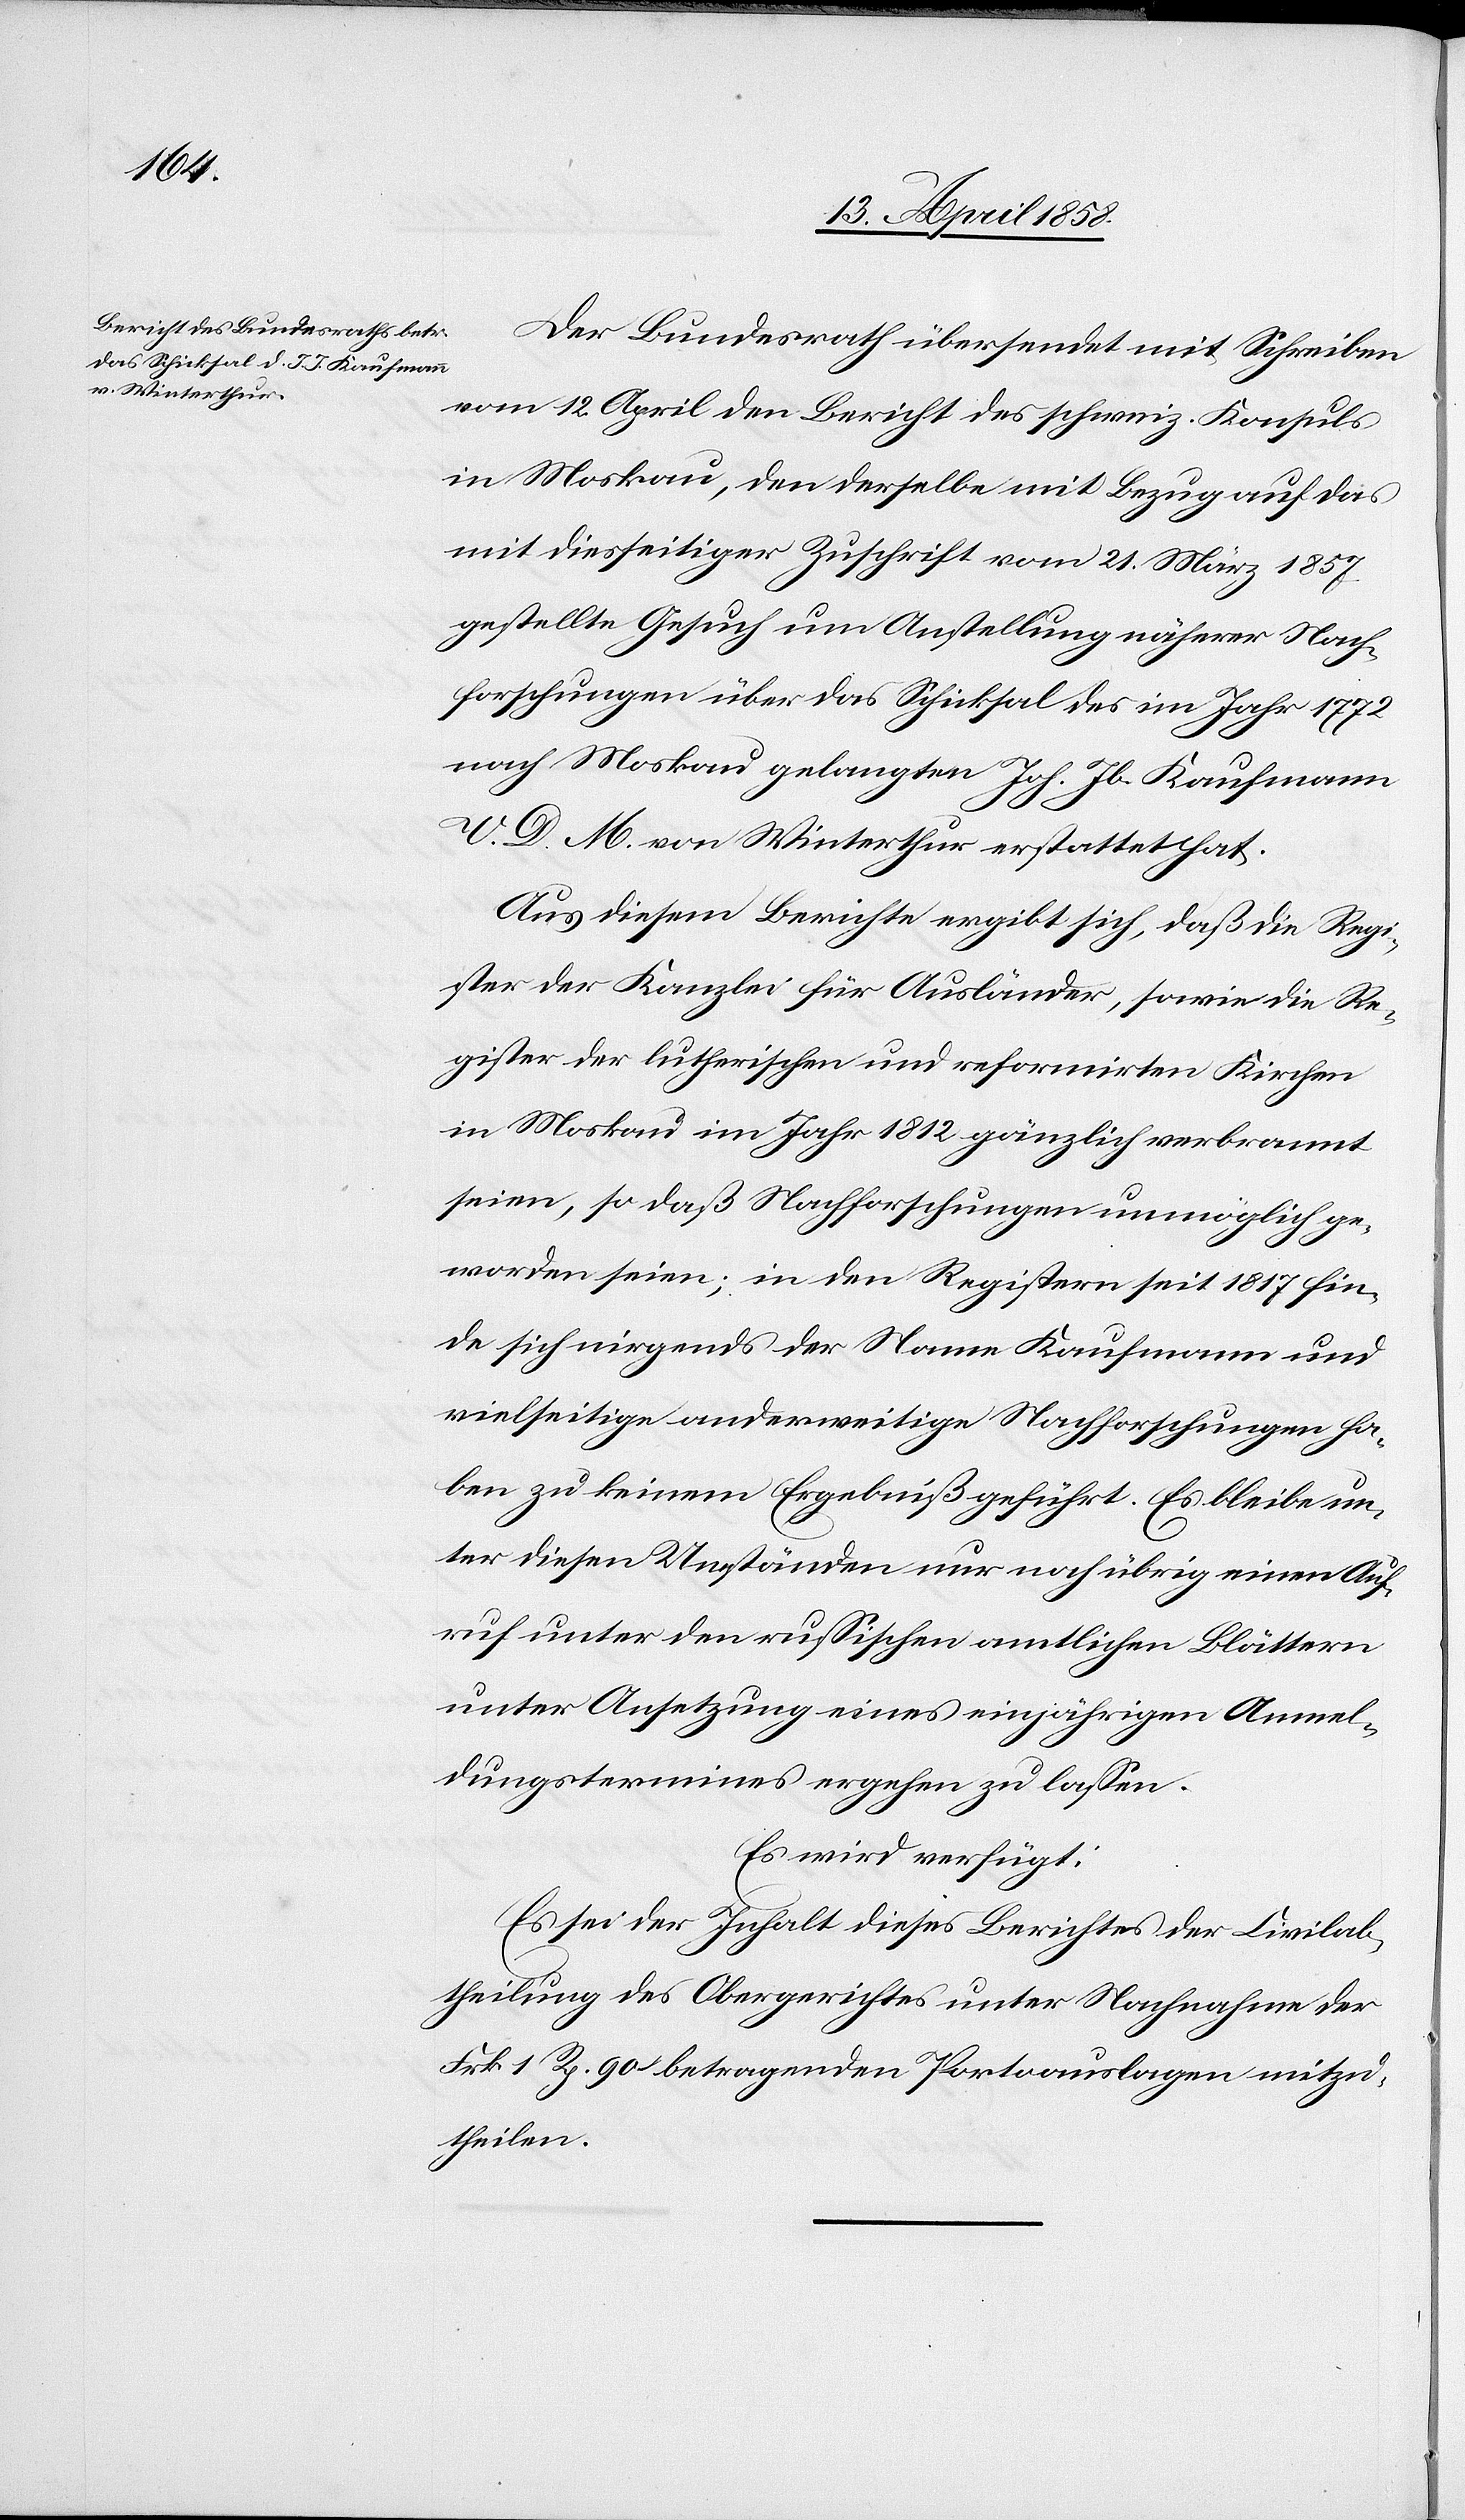
16. April 1858.]
Der Bundesrath übersendet mit Schreiben
vom 12. April den Bericht des schweiz. Konsuls
in Moskau, den derselbe mit Bezug auf das
mit diesseitiger Zuschrift vom 21. März 1857
gestellte Gesuch um Anstellung näherer Nach¬
forschungen über das Schicksal des im Jahr 1772
nach Moskau gelangten Joh. Jb. Kaufmann
V. D. M. von Winterthur erstattet hat.
Aus diesem Berichte ergibt sich, daß die Regi¬
ster der Kanzlei für Ausländer, sowie die Re¬
gister der lutherischen und reformirten Kirchen
in Moskau im Jahr 1812 gänzlich verbrannt
seien, so daß Nachforschungen unmöglich ge¬
worden seien; in den Registern seit 1817 fin¬
de sich nirgends der Name Kaufmann und
vielseitige anderweitige Nachforschungen ha¬
ben zu keinem Ergebniß geführt. Es bleibe un¬
ter diesen Umständen nur noch übrig einen Auf¬
ruf unter den russischen amtlichen Blättern
unter Ansetzung eines einjährigen Anmel¬
dungstermines ergehen zu lassen.
Es wird verfügt:
Es sei der Inhalt dieses Berichtes der Civilab¬
theilung des Obergerichtes unter Nachnahme der
Frk. 1 Rp. 90 betragenden Portoauslagen mitzu¬
theilen.